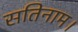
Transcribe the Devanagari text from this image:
सतिनाम।